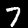
Digit: 7